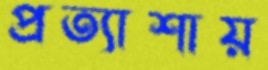
প্রত্যাশায়